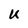
Character: U